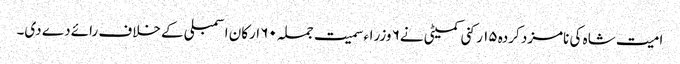
امیت شاہ کی نامزد کردہ ۱۵ رکنی کمیٹی نے۶ وزراء سمیت جملہ ۶۰ ارکان اسمبلی کے خلاف رائے دے دی۔